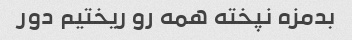
بدمزه نپخته همه رو ریختیم دور